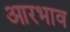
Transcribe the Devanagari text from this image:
आरभाव